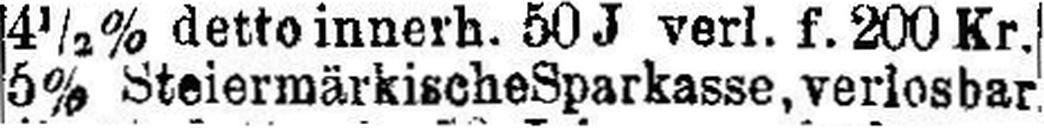
5% Steiermärkische Sparkasse, verlosbar